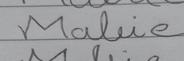
Signature authenticity: forged